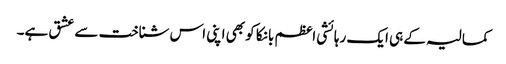
کمالیہ کے ہی ایک رہائشی اعظم بانکا کو بھی اپنی اس شناخت سے عشق ہے۔